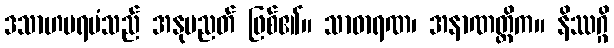
ဒသာဟပရမံသည် အနုပညတ် ဖြစ်၏။ သာဓာရဏ၊ အနာဏတ္တိက။ နိဿဂ္ဂိ